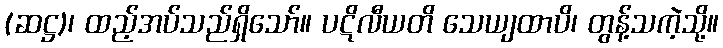
(ဆဋ္ဌ)၊ ထည့်အပ်သည်ရှိသော်။ ပဋိလီယတိ သေယျထာပိ၊ တွန့်သကဲ့သို့။